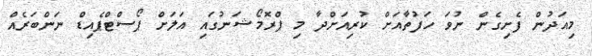
މިއަދުން ފެށިގެން ނުވަ ހަފުތާއަށް ކުރިއަށްދާ މި ޕްރޮމޯޝަނުގައި އަލަށް ޕޯސްޓްޕެއިޑް ނަންބަރެއް